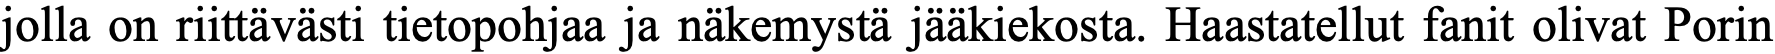
jolla on riittävästi tietopohjaa ja näkemystä jääkiekosta. Haastatellut fanit olivat Porin